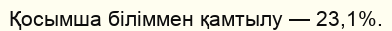
Қосымша біліммен қамтылу — 23,1%.